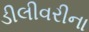
ડીલીવરીના